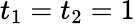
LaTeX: t_{1}=t_{2}=1